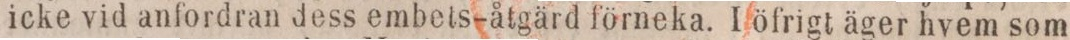
icke vid anfordran dess embets-åtgärd förneka. I öfrigt äger hvem som